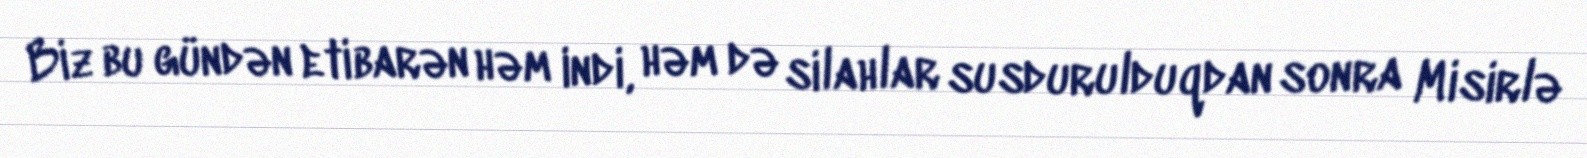
Biz bu gündən etibarən həm indi, həm də silahlar susdurulduqdan sonra Misirlə